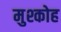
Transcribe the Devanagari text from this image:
मुश्कोह